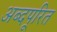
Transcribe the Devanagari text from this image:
अब्दपूरित